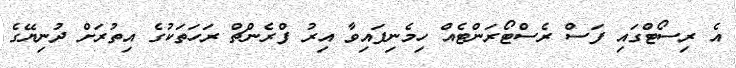
އެ ރިސޯޓްގައި ފަސް ރެސްޓޯރަންޓެއް ހިމެނިފައިވާ އިރު ފްރެންޗް ރަހަތަކުގެ އިތުރަށް ދުނިޔޭގެ